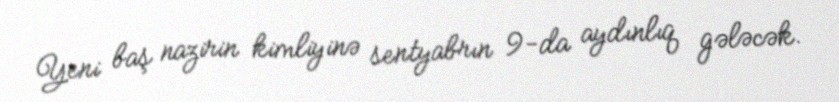
Yeni baş nazirin kimliyinə sentyabrın 9-da aydınlıq gələcək.